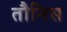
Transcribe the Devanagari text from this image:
तौनिस